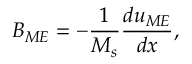
B _ { M E } = - \frac { 1 } { M _ { s } } \frac { d u _ { M E } } { d x } ,